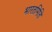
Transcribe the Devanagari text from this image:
भारतमिति